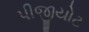
પીજીયોટ